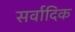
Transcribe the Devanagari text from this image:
सर्वादिक